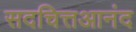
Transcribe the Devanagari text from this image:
सदचित्तआनंद